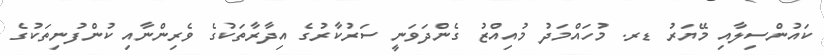
ކައުންސިލާއި މޭޔަރު ޑރ. މުހައްމަދު މުއިއްޒު ގެންދަވަނީ ސަރުކާރުގެ އިދާރާތަކުގެ ވެރިންނާއި ކުންފުނިތަކުގެ